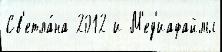
Св'етла́на 2012 и М'ед'иафайлы